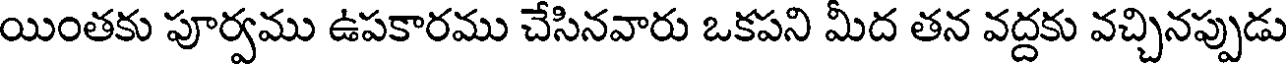
యింతకు పూర్వము ఉపకారము చేసినవారు ఒకపని మీద తన వద్దకు వచ్చినప్పుడు